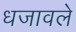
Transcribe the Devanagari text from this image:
धजावले